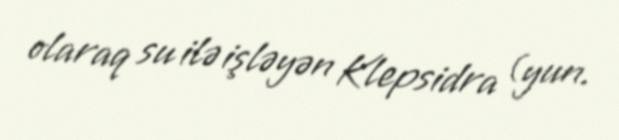
olaraq su ilə işləyən Klepsidra (yun.